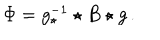
\Phi = g _ { \star } ^ { - 1 } \star B \star g \, .